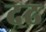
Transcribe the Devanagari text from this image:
दढ